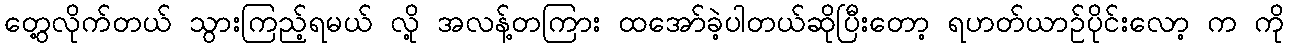
တွေ့လိုက်တယ် သွားကြည့်ရမယ် လို့ အလန့်တကြား ထအော်ခဲ့ပါတယ်ဆိုပြီးတော့ ရဟတ်ယာဉ်ပိုင်းလော့ က ကို